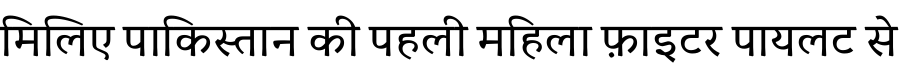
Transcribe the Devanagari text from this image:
मिलिए पाकिस्तान की पहली महिला फ़ाइटर पायलट से